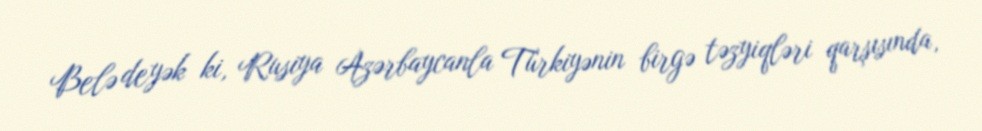
Belə deyək ki, Rusiya Azərbaycanla Türkiyənin birgə təzyiqləri qarşısında,